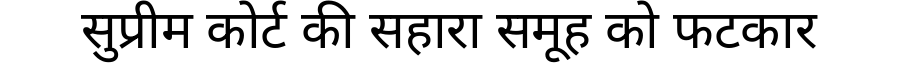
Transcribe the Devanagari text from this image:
सुप्रीम कोर्ट की सहारा समूह को फटकार